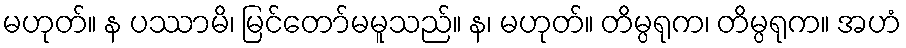
မဟုတ်။ န ပဿာမိ၊ မြင်တော်မမူသည်။ န၊ မဟုတ်။ တိမ္ပရုက၊ တိမ္ပရုက။ အဟံ